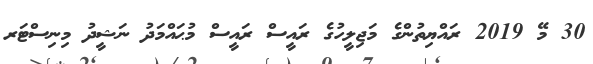
30 މޭ 2019 ރައްޔިތުންގެ މަޖިލީހުގެ ރައީސް ރައީސް މުޙައްމަދު ނަޝީދު މިނިސްޓަރ